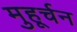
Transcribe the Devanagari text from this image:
मुहूर्चन